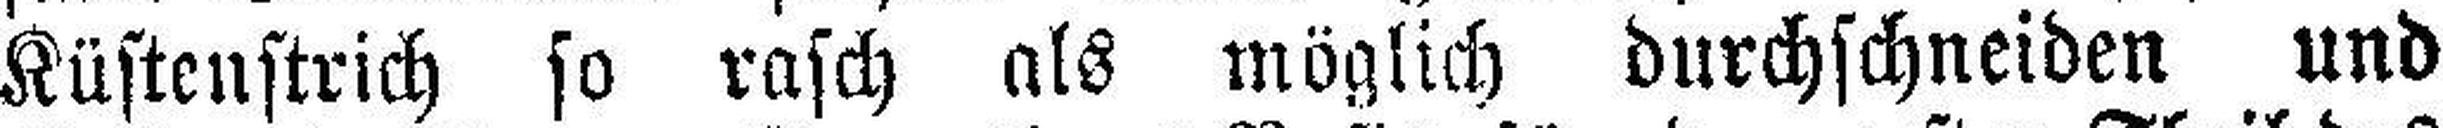
Küstenstrich so rasch als möglich durchschneiden und